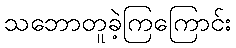
သဘောတူခဲ့ကြကြောင်း